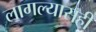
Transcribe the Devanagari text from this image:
लागल्यासही